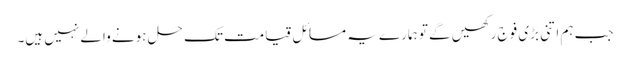
جب ہم اتنی بڑی فوج رکھیں گے تو ہمارے یہ مسائل قیامت تک حل ہونے والے نہیں ہیں۔